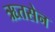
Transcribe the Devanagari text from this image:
ऋतसेन